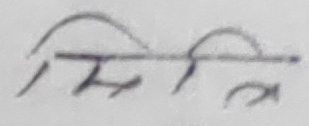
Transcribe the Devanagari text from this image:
मिलित्र